Annual administration report of the Civil Veterinary Department of India - 1894-1895
Year: 1894
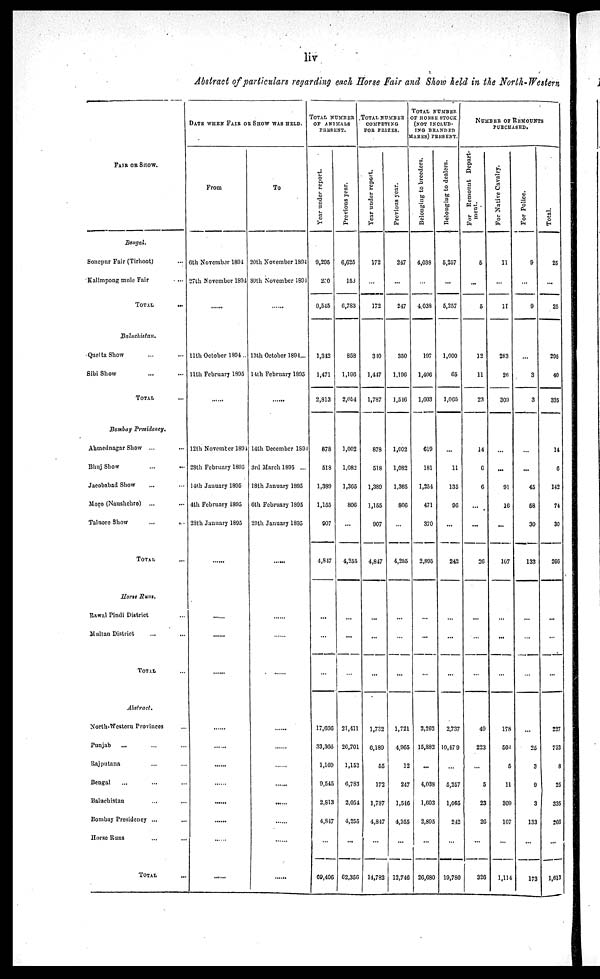
liv
Abstract of particulars regarding each Horse Fair and Show held in the North-Western
FAIR OR SHOW
Bengal.
Sonepur Fair (Tirhoot) ...
Kalimpong mule Fair ...
TOTAL ...
Baluchistan.
Quelta Show ... ...
Sibi Show ... ...
TOTAL …
Bombay Presidency.
Ahmednagar Show ... ...
Bhuj Show ... ...
Jacobabad Show ... ...
Moro (Naushchro)
... ...
Talnore Show
...
...
TOTAL …
Horse Runs.
Rawal Pindi District ...
Multan District ... ...
TOTAL …
Abstract.
North-Western Provinces ...
Punjab ... ... ...
Rajputana ... ...
Bengal … … …
Baluchistan … …
Bombay Presidency ... ...
Horse Runs … …
TOTAL …
DATE WHEN FAIR OR SHOW WAS HELD.
From
6th November 1894
27th November 1894
……
11th October 1894..
11th February 1895
……
12th November 1894
28th February 1895
14th January 1895
4th February 1895
28th January 1895
……
……
……
……
……
……
……
……
……
……
……
…...
To
20th November 1894
30th November 1894
……
13th October 1894...
14th February 1895
……
14th December 1894
3rd March 1895 ...
18th January 1895
6th February 1895
29th January 1895
……
……
……
……
……
……
……
……
……
……
……
……
TOTAL NUMBER
OF ANIMALS
PRESENT.
Year
under report.
9,295
270
9,545
1,342
1,471
2,813
878
518
1,389
1,155
907
4,847
...
…
…
17.666
33,368
1,169
9,545
2,813
4,847
…
69,406
Previous year.
6,625
153
6,783
858
1,196
2,054
1,002
1,082
1,365
806
…
4,255
…
…
…
21,411
26,701
1,152
6,783
2,054
4,255
...
62,356
TOTAL NUMBER
COMPETING
FOR
PRIZES.
Year under report.
172
…
172
310
1,447
1,787
878
518
1,389
1,155
907
4,847
...
...
...
1,732
6,189
55
172
1,787
4,847
…
14,782
Previous year.
247
…
247
350
1,190
1,516
1,002
1,082
1,365
806
…
4,255
…
…
...
1,721
4,965
12
247
1,546
4,255
…
12,746
TOTAL NUMBER
OF HORSE STOCK
(NOT
INCLUD-
ING BRANDED
MARES)
PRESENT.
Belonging to breeders.
4,038
…
4,038
197
1.406
1,603
619
181
1,254
471
370
2,895
…
…
…
2,262
15,882
...
4,038
1,603
2,895
…
26,680
Belonging to dealers.
5,257
...
5,257
1,000
65
1,065
…
11
135
96
…
242
…
...
...
2,737
10,479
…
5,257
1,065
242
…
19,780
NUMBER OF REMOUNTS
PURCHASED.
For Remount Depart-
ment.
5
...
5
12
11
23
14
6
6
...
...
26
…
…
49
223
…
5
23
26
…
320
For Native Cavalry.
11
…
11
283
26
309
…
...
91
16
...
107
…
...
…
178
504
5
11
309
107
...
1,114
For Police.
9
…
9
…
3
3
…
...
45
58
30
133
...
…
…
...
25
3
9
3
133
...
173
Total.
25
...
25
295
40
335
14
6
142
74
30
266
...
…
...
227
752
8
25
335
266
...
1,613